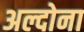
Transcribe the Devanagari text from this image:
अल्दोना